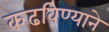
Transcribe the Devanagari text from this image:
कढविण्याने